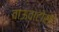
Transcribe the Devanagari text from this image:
वाऊवाटोसा